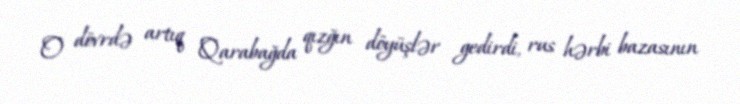
O dövrdə artıq Qarabağda qızğın döyüşlər gedirdi, rus hərbi bazasının